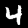
Digit: 4